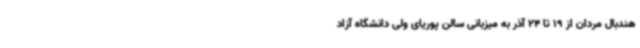
هندبال مردان از 19 تا 24 آذر به میزبانی سالن پوریای ولی دانشگاه آزاد